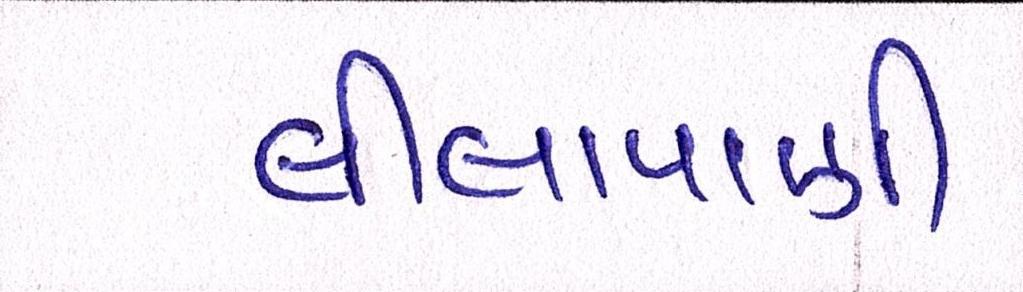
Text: લીલાપાણી